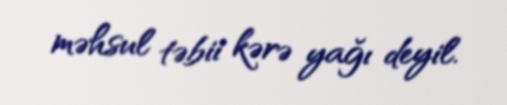
məhsul təbii kərə yağı deyil.